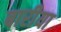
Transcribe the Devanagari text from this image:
बारीया